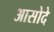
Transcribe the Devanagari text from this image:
आसोदे